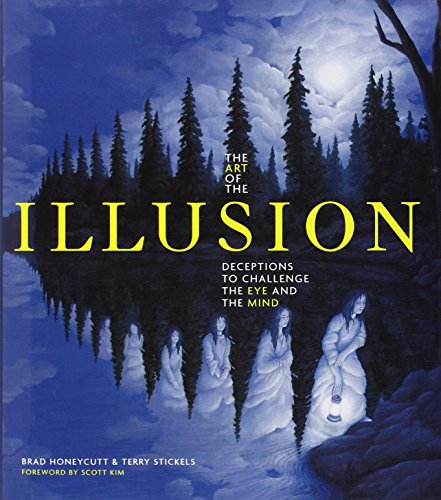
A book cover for The Art of the Illusion: Deceptions to Challenge the Eye and the Mind; Terry Stickels; Humor & Entertainment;